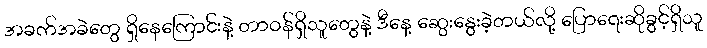
အခက်အခဲတွေ ရှိနေကြောင်းနဲ့ တာဝန်ရှိသူတွေနဲ့ ဒီနေ့ ဆွေးနွေးခဲ့တယ်လို့ ပြောရေးဆိုခွင့်ရှိသူ